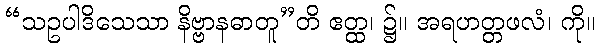
“သဥပါဒိသေသာ နိဗ္ဗာနဓာတူ”တိ ဧတ္ထ၊ ၌။ အရဟတ္တဖလံ၊ ကို။